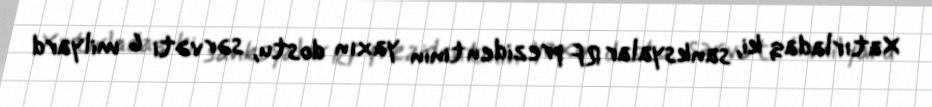
Xatırladaq ki, sanksyalar RF prezidentinin yaxın dostu, sərvəti 6 milyard